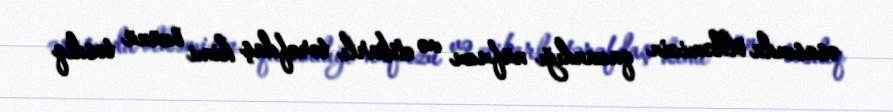
əsasında ölkəmizin qazandığı nüfuzu və etibarlı tərəfdaş kimi özünü təsdiq